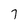
Character: 7